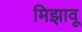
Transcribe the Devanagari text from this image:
मिझावू